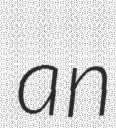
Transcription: an